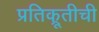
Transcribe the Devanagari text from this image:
प्रतिक्रूतीची